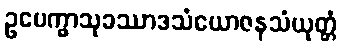
ဥပေက္ခာသုခဿာဒသံယောဇနသံယုတ္တံ